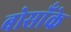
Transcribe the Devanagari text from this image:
बोसाँके